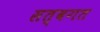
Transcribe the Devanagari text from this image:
सत्वगत